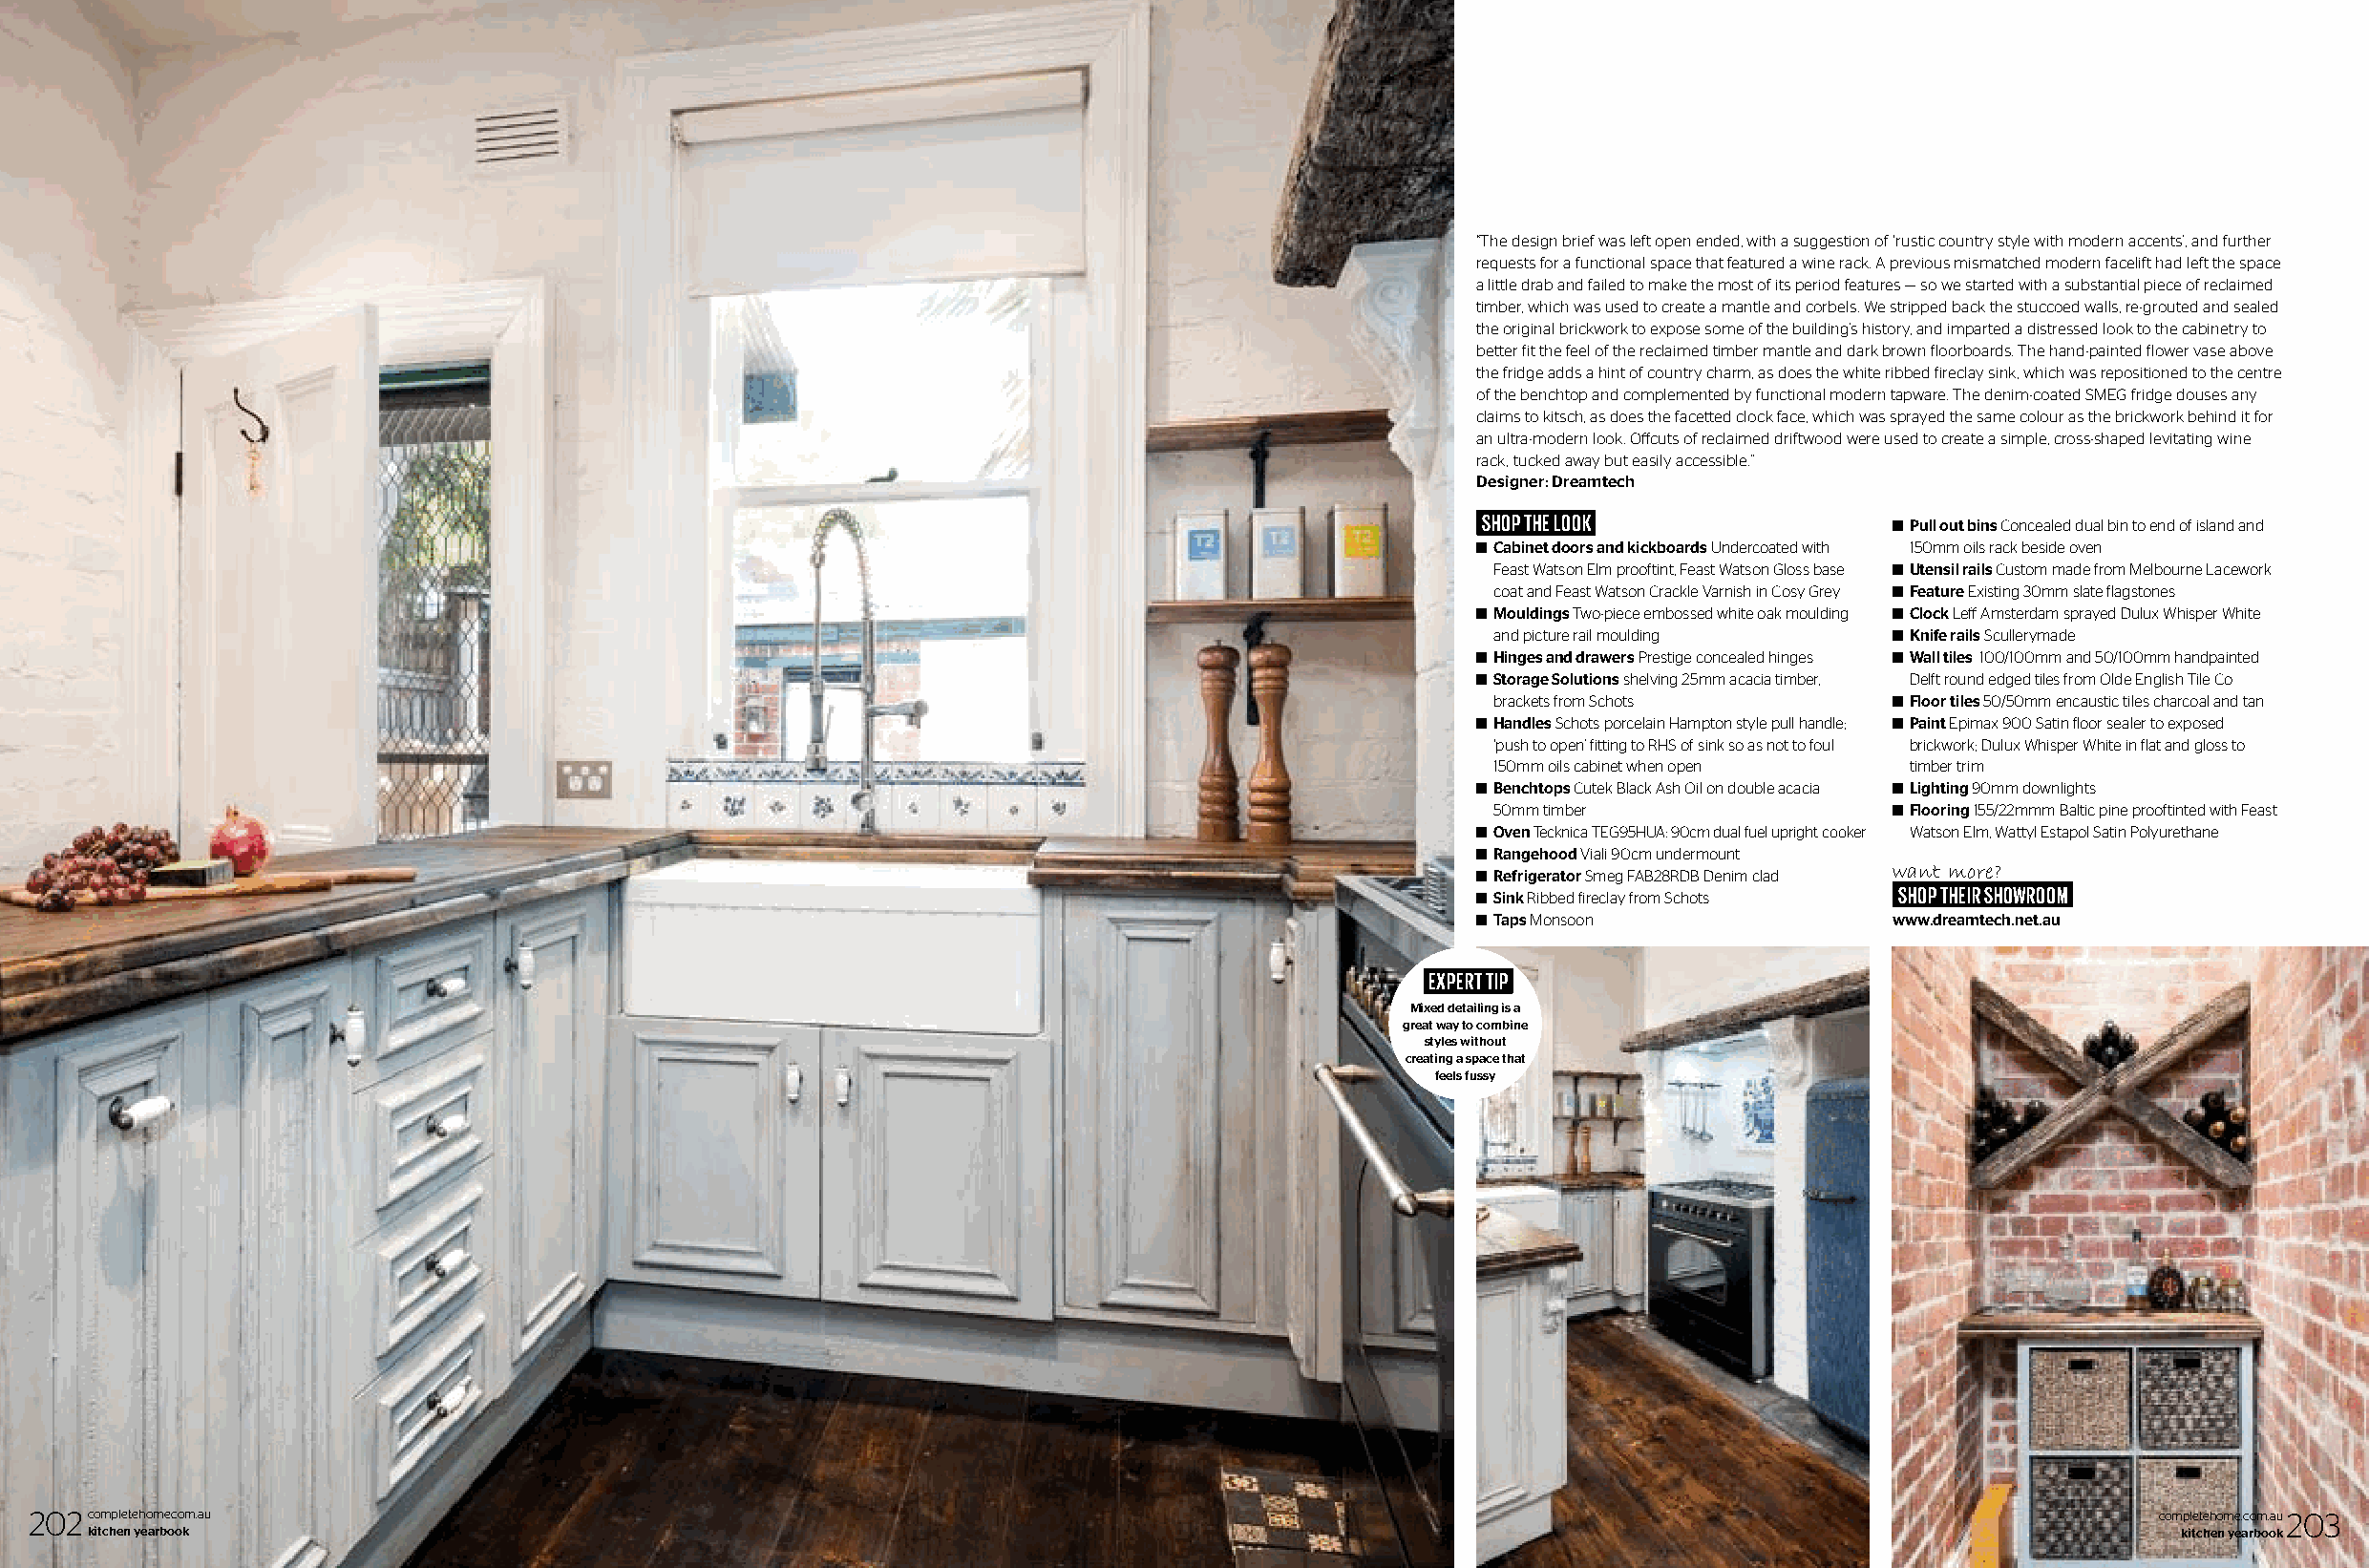
“The design brief was left open ended, with a suggestion of ‘rustic country style with modern accents’, and further
 requests for a functional space that featured a wine rack. A previous mismatched modern facelift had left the space
 a little drab and failed to make the most of its period features — so we started with a substantial piece of reclaimed
 timber, which was used to create a mantle and corbels. We stripped back the stuccoed walls, re-grouted and sealed
 the original brickwork to expose some of the building’s history, and imparted a distressed look to the cabinetry to
 better fit the feel of the reclaimed timber mantle and dark brown floorboards. The hand-painted flower vase above
 the fridge adds a hint of country charm, as does the white ribbed fireclay sink, which was repositioned to the centre
 of the benchtop and complemented by functional modern tapware. The denim-coated SMEG fridge douses any
 claims to kitsch, as does the facetted clock face, which was sprayed the same colour as the brickwork behind it for
 an ultra-modern look. Offcuts of reclaimed driftwood were used to create a simple, cross-shaped levitating wine
 rack, tucked away but easily accessible.”
 Designer: Dreamtech
 SHOP THE LOOK
 ®®Pull out bins Concealed dual bin to end of island and
 ®®Cabinet doors and kickboards Undercoated with 150mm oils rack beside oven
 Feast Watson Elm prooftint, Feast Watson Gloss base ®®Utensil rails Custom made from Melbourne Lacework
 coat and Feast Watson Crackle Varnish in Cosy Grey ®®Feature Existing 30mm slate flagstones
 ®®Mouldings Two-piece embossed white oak moulding ®®Clock Leff Amsterdam sprayed Dulux Whisper White
 and picture rail moulding  ®®Knife rails Scullerymade
 ®®Hinges and drawers Prestige concealed hinges ®®Wall tiles 100/100mm and 50/100mm handpainted
 ®®Storage Solutions shelving 25mm acacia timber, Delft round edged tiles from Olde English Tile Co
 brackets from Schots       ®®Floor tiles 50/50mm encaustic tiles charcoal and tan
 ®®Handles Schots porcelain Hampton style pull handle; ®®Paint Epimax 900 Satin floor sealer to exposed
 ‘push to open’ fitting to RHS of sink so as not to foul brickwork; Dulux Whisper White in flat and gloss to
 150mm oils cabinet when open timber trim
 ®®Benchtops Cutek Black Ash Oil on double acacia ®®Lighting 90mm downlights
 50mm timber                ®®Flooring 155/22mmm Baltic pine prooftinted with Feast
 ®®Oven Tecknica TEG95HUA: 90cm dual fuel upright cooker Watson Elm, Wattyl Estapol Satin Polyurethane
 ®®Rangehood Viali 90cm undermount
 ®®Refrigerator Smeg FAB28RDB Denim clad want more?
 SHOP THEIR SHOWROOM
 ®®Sink Ribbed fireclay from Schots
 ®®Taps Monsoon               www.dreamtech.net.au
 EXPERT TIP
 Mixed detailing is a
 great way to combine
 styles without
 creating a space that
 feels fussy
 202completehome.com.au                                                                                                                              completehome.com.au 203
 kitchen yearbook                                                                                                                                 kitchen yearbook